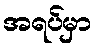
အရပ်မှာ